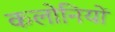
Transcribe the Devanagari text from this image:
कलोनियों